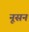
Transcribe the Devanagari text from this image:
नूसन